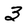
Character: 3